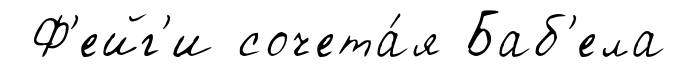
Ф'ейг'и сочета́я Баб'ела